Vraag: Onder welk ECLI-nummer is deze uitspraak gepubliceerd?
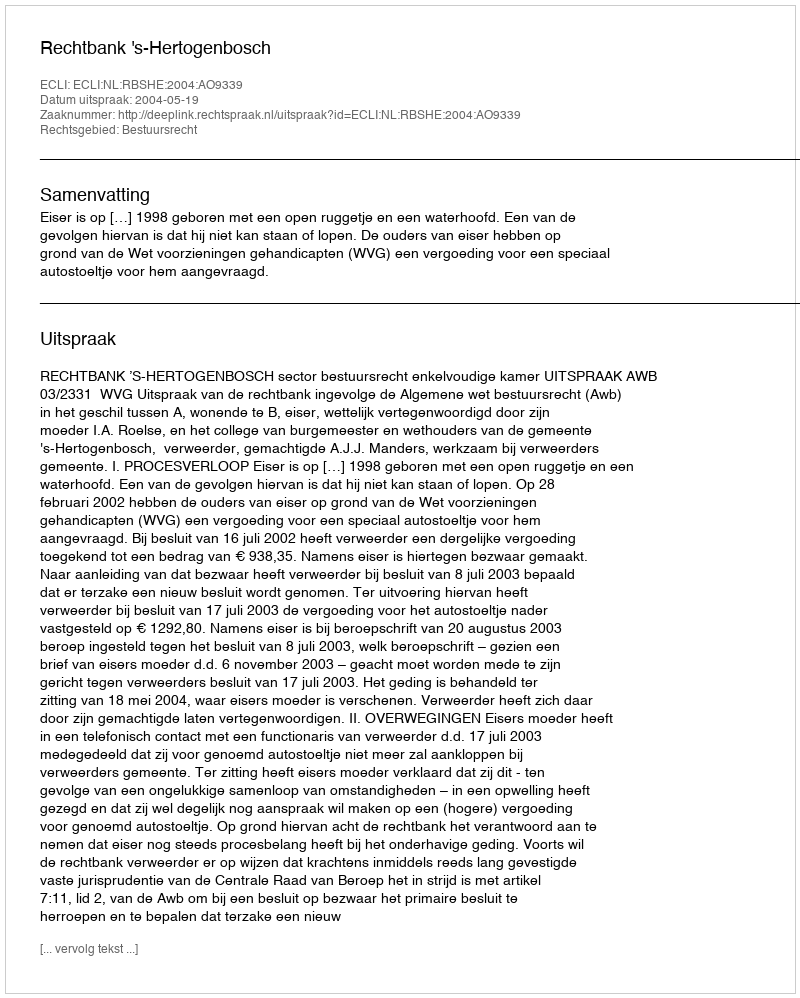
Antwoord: ECLI:NL:RBSHE:2004:AO9339